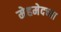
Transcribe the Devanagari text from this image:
मेहमेदच्या